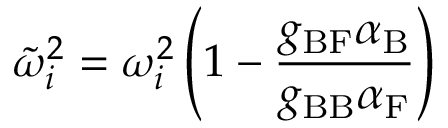
\tilde { \omega } _ { i } ^ { 2 } = \omega _ { i } ^ { 2 } \left( 1 - \frac { g _ { \mathrm { B F } } \alpha _ { \mathrm { B } } } { g _ { \mathrm { B B } } \alpha _ { \mathrm { F } } } \right)